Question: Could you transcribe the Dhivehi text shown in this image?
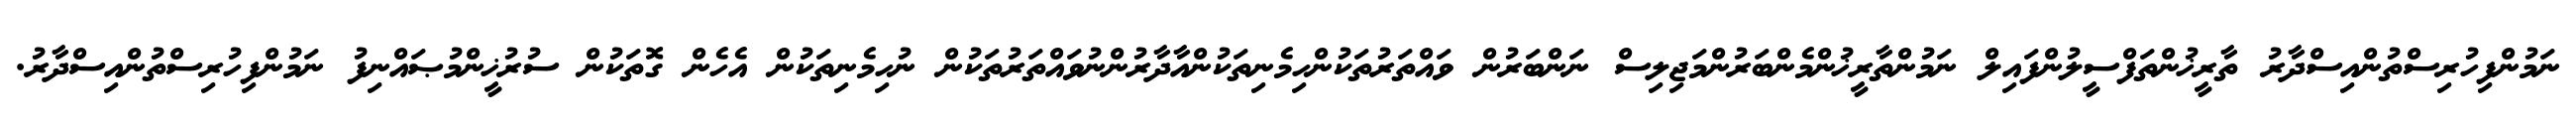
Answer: ނަމުންފިހުރިސްތުންއިސްދާރު ތާރީޚުންތަފްސީލުންފައިލް ނަމުންތާރީޚުންމެންބަރުންމަޖިލިސް ނަންބަރުން ވައްތަރުތަކުންހިމެނިތަކުންއާދާރުންނުވައްތަރުތަކުން ނުހިމެނިތަކުން އެހެން ގޮތަކުން ސުރުޚީންމުޞައްނިފު ނަމުންފިހުރިސްތުންއިސްދާރު.